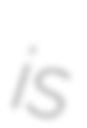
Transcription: is